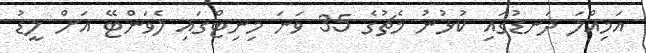
އަމިއްލަ ދަނޑުގައި ކުޅުނު މެޗުގެ 35 ވަނަ މިިނިޓްގައި ލެވަންޓޭ އަށް ލީޑު